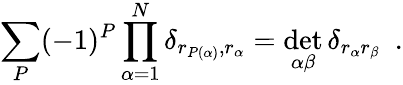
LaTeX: \sum_{P}(-1)^{P}\prod_{\alpha=1}^{N}\delta_{r_{P(\alpha)},r_{\alpha}}=\operatorname*{det}_{\alpha\beta}\delta_{r_{\alpha}r_{\beta}}\ \ .